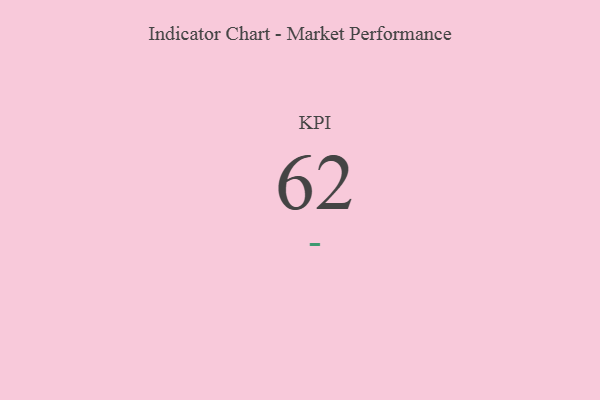
{"axis": {"x": "KPI", "y": "Value"}, "legend": [""], "data": [{"x": "KPI", "y": 62, "type": ""}]}